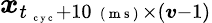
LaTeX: \boldsymbol x_{t_{\mathrm{~\scriptsize~c~y~c~}}+10\mathrm{~\scriptsize~(~m~s~)~}\times(\boldsymbol v-1)}